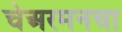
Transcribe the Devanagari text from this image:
चेअरमनचा